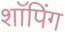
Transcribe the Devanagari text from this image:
शाॅपिंग